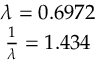
\begin{array} { c } { \lambda = 0 . 6 9 7 2 } \\ { \frac { 1 } { \lambda } = 1 . 4 3 4 } \end{array}